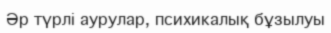
Әр түрлі аурулар, психикалық бұзылуы